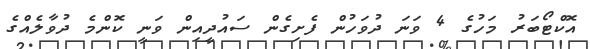
އޮކްޓޯބަރު މަހުގެ 4 ވަނަ ދުވަހުން ފެށިގެން ސައުދީއިން ވަނީ ކޮންމެ ދުވާލެއްގެ